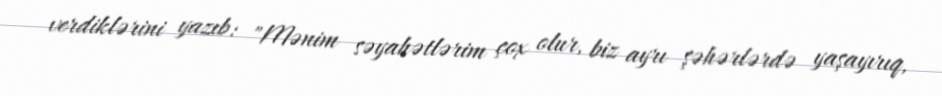
verdiklərini yazıb: "Mənim səyahətlərim çox olur, biz ayrı şəhərlərdə yaşayırıq,